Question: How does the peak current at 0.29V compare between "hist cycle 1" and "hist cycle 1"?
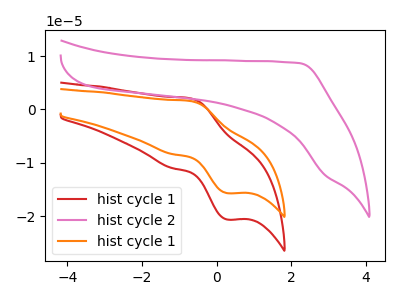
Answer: <think>The red curve "hist cycle 1" has an anodic peak at (-0.70V, 2.10uA) and a cathodic peak at (0.30V, -20.60uA). The pink curve "hist cycle 2" has no peaks. The orange curve "hist cycle 1" has an anodic peak at (-0.70V, 1.60uA) and a cathodic peak at (0.30V, -15.65uA).</think>
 <answer>The peak at 0.29V is higher in "hist cycle 1" than in "hist cycle 1".</answer>
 <eval>higher</eval>